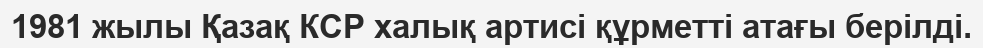
1981 жылы Қазақ КСР халық артисі құрметті атағы берілді.